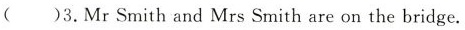
( )3.Mr.Smith and Mrs.Smith are on the bridge.